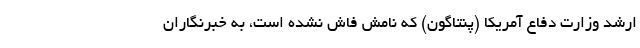
ارشد وزارت دفاع آمریکا (پنتاگون) که نامش فاش نشده است، به خبرنگاران